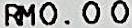
RM0.00